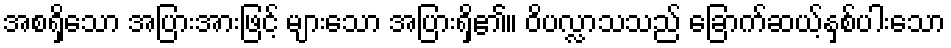
အစရှိသော အပြားအားဖြင့် များသော အပြားရှိ၏။ ဝိပလ္လာသသည် ခြောက်ဆယ့်နှစ်ပါးသော